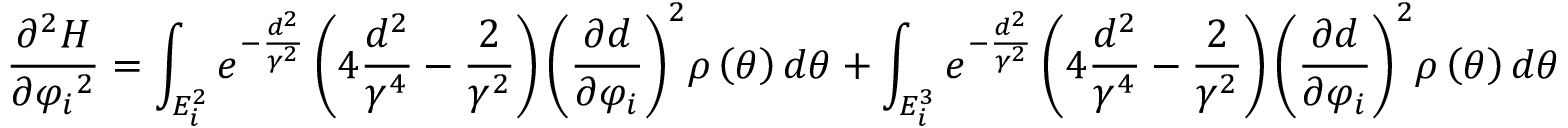
\frac { { { \partial ^ { 2 } } H } } { { \partial { \varphi _ { i } } ^ { 2 } } } = \int _ { { E _ { i } ^ { 2 } } } { { e ^ { - \frac { { { d ^ { 2 } } } } { { { \gamma ^ { 2 } } } } } } \left( { 4 \frac { { { d ^ { 2 } } } } { { { \gamma ^ { 4 } } } } - \frac { 2 } { { { \gamma ^ { 2 } } } } } \right) { { \left( { \frac { { \partial d } } { { \partial { \varphi _ { i } } } } } \right) } ^ { 2 } } \rho \left( \theta \right) d \theta } + \int _ { { E _ { i } ^ { 3 } } } { { e ^ { - \frac { { { d ^ { 2 } } } } { { { \gamma ^ { 2 } } } } } } \left( { 4 \frac { { { d ^ { 2 } } } } { { { \gamma ^ { 4 } } } } - \frac { 2 } { { { \gamma ^ { 2 } } } } } \right) { { \left( { \frac { { \partial d } } { { \partial { \varphi _ { i } } } } } \right) } ^ { 2 } } \rho \left( \theta \right) d \theta }